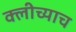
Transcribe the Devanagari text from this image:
क्लीच्याच